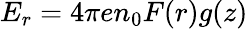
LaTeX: E_{r}=4\pi en_{0}F(r)g(z)